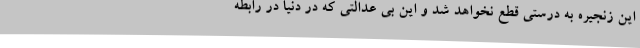
این زنجیره به درستی قطع نخواهد شد و این بی عدالتی که در دنیا در رابطه